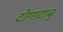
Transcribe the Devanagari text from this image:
टोंगाटाबु